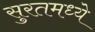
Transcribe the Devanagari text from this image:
सुरतमध्ये